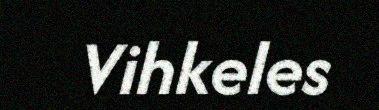
Vihkeles